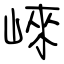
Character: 崍